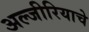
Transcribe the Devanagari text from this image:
अल्जीरियाचे